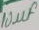
Text: 10µF